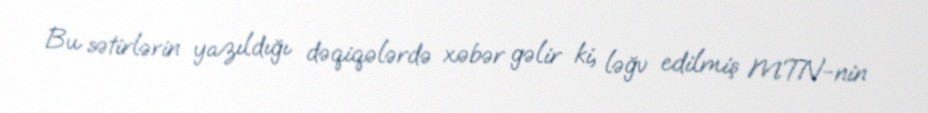
Bu sətirlərin yazıldığı dəqiqələrdə xəbər gəlir ki, ləğv edilmiş MTN-nin